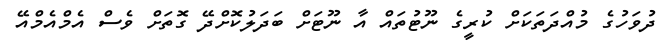
ދުވަހުގެ މުއްދަތަކަށް ކުރީގެ ނޫޓުތައް އާ ނޫޓަށް ބަދަލުކޮށްދޭ ގޮތަށް ވެސް އެމްއެމްއޭ